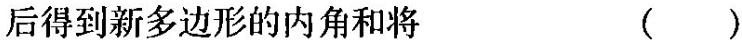
后得到新多边形的内角和将 ( )